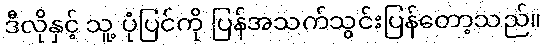
ဒီလိုနှင့် သူ့ ပုံပြင်ကို ပြန်အသက်သွင်းပြန်တော့သည်။